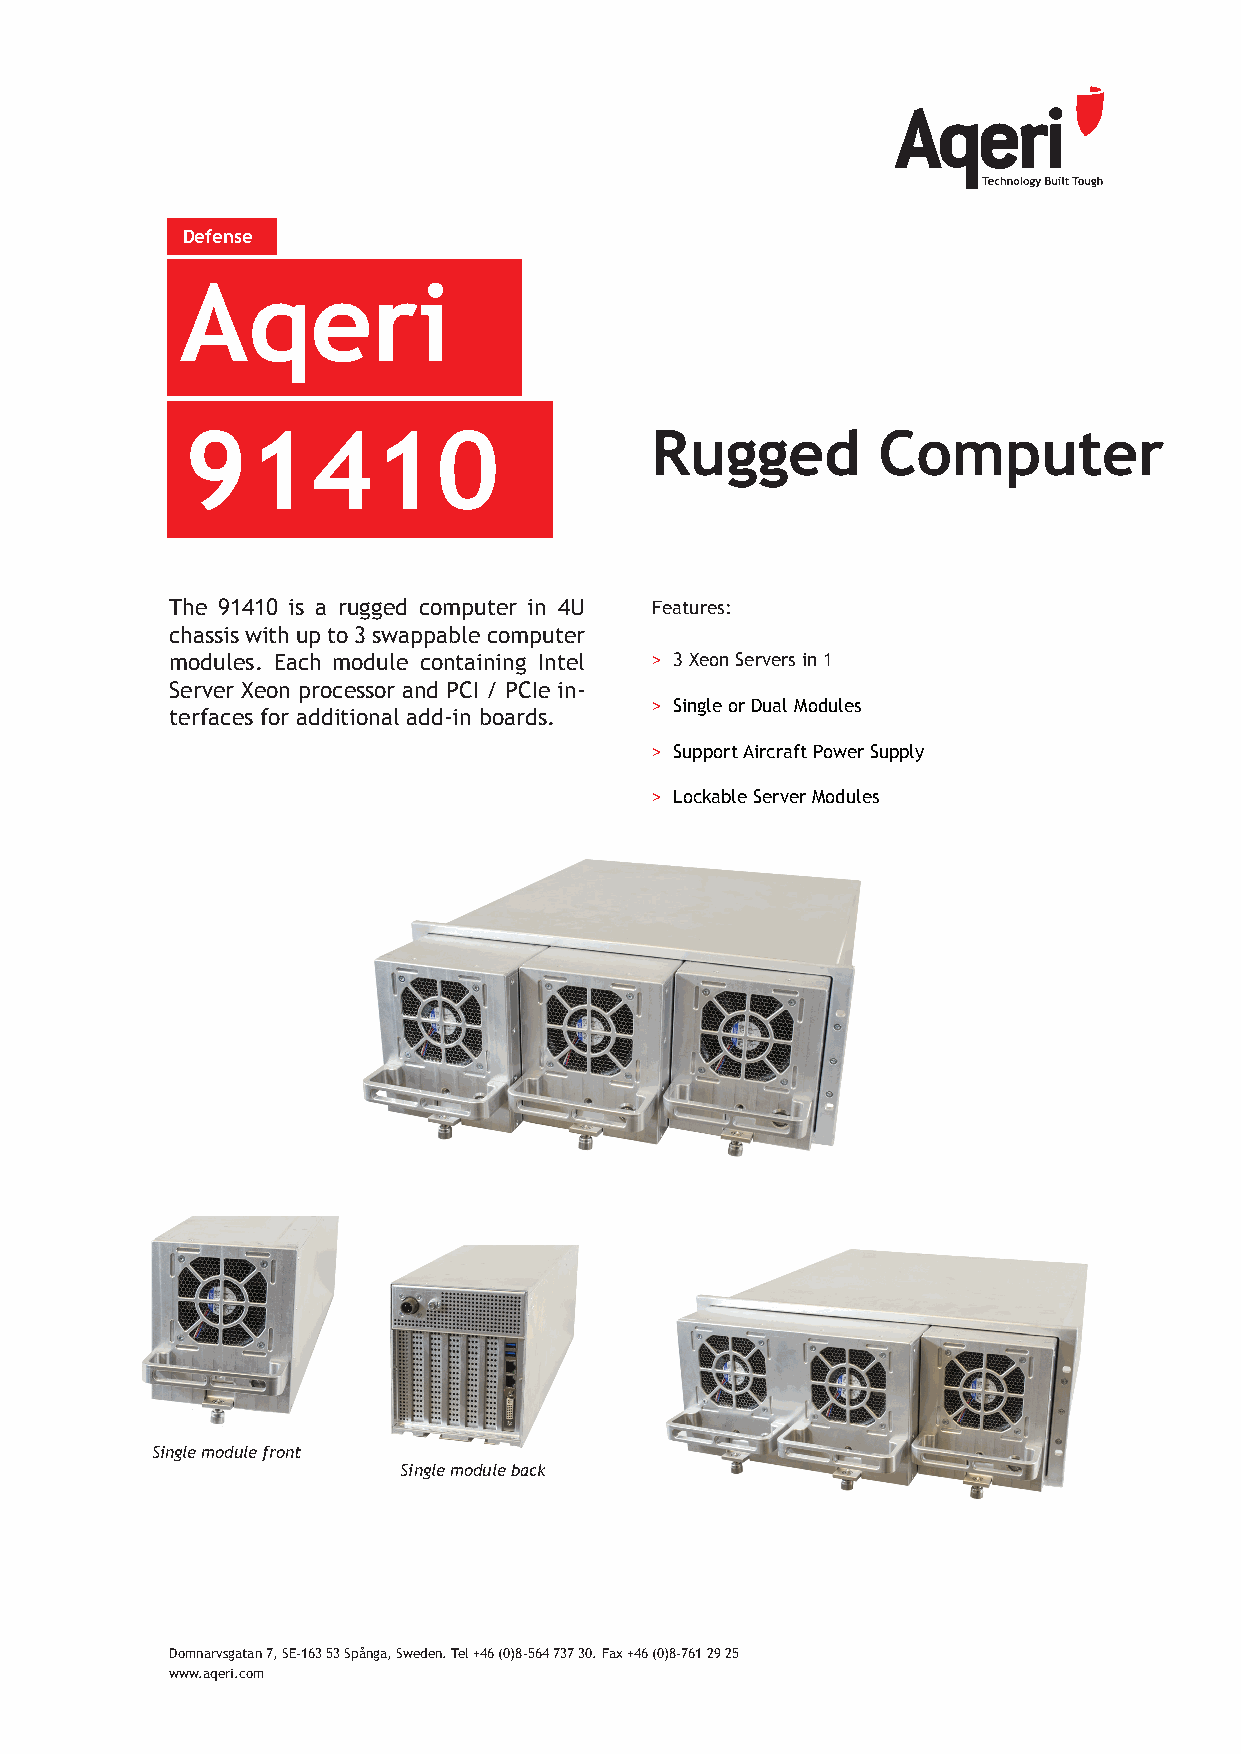
Defense
 Aqeri
 91410                          Rugged         Computer
 The 91410 is a rugged computer in 4U Features:
 chassis with up to 3 swappable computer
 modules. Each module containing Intel > 3 Xeon Servers in 1
 Server Xeon processor and PCI / PCIe in-
 > Single or Dual Modules
 terfaces for additional add-in boards.
 > Support Aircraft Power Supply
 > Lockable Server Modules
 Single module front
 Single module back
 Domnarvsgatan 7, SE-163 53 Spånga, Sweden. Tel +46 (0)8-564 737 30. Fax +46 (0)8-761 29 25
 www.aqeri.com